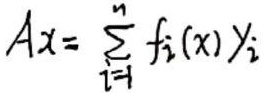
\[
Ax = \sum_{i = 1}^{n} f_i(x) y_i
\]